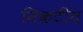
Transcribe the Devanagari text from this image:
निकटीय